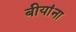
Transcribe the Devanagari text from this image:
बीयांना